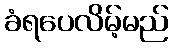
ခံရပေလိမ့်မည်